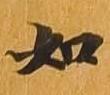
如